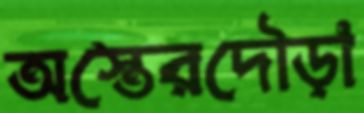
অস্তেরদৌড়া